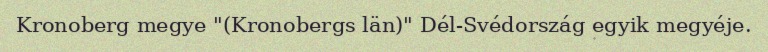
Kronoberg megye "(Kronobergs län)" Dél-Svédország egyik megyéje.